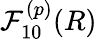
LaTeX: \mathcal{F}_{10}^{(p)}(R)